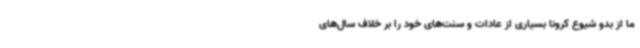
ما از بدو شیوع کرونا بسیاری از عادات و سنت‌های خود را بر خلاف سال‌های